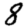
Digit: 8